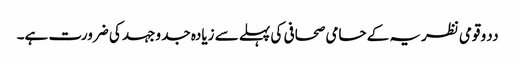
ددو قومی نظریہ کے حامی صحافی کی پہلے سے زیادہ جد وجہد کی ضرورت ہے۔